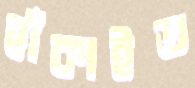
হাঁকাইত